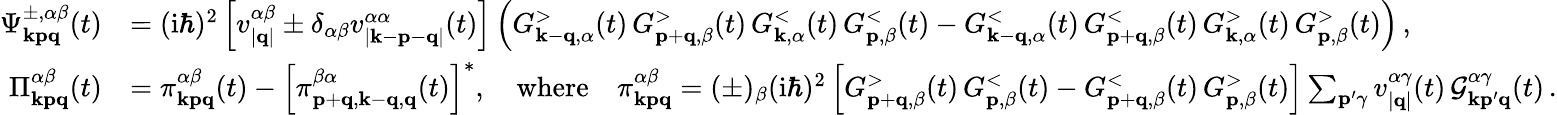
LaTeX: \begin{array}{rl}{\Psi_{\mathbf{kpq}}^{\pm,\alpha\beta}(t)}&{=(\mathrm{i}\hbar)^{2}\left[v_{|\mathbf{q}|}^{\alpha\beta}\pm\delta_{\alpha\beta}v_{|\mathbf{k}-\mathbf{p}-\mathbf{q}|}^{\alpha\alpha}(t)\right]\left(G_{\mathbf{k}-\mathbf{q},\alpha}^{>}(t)\, G_{\mathbf{p}+\mathbf{q},\beta}^{>}(t)\, G_{\mathbf{k},\alpha}^{<}(t)\, G_{\mathbf{p},\beta}^{<}(t)-G_{\mathbf{k}-\mathbf{q},\alpha}^{<}(t)\, G_{\mathbf{p}+\mathbf{q},\beta}^{<}(t)\, G_{\mathbf{k},\alpha}^{>}(t)\, G_{\mathbf{p},\beta}^{>}(t)\right)\, ,}\\ {\Pi_{\mathbf{kpq}}^{\alpha\beta}(t)}&{=\pi_{\mathbf{kpq}}^{\alpha\beta}(t)-\left[\pi_{\mathbf{p}+\mathbf{q},\mathbf{k}-\mathbf{q},\mathbf{q}}^{\beta\alpha}(t)\right]^{*},\quad\mathrm{where}\quad\pi_{\mathbf{kpq}}^{\alpha\beta}=(\pm)_{\beta}(\mathrm{i}\hbar)^{2}\left[G_{\mathbf{p}+\mathbf{q},\beta}^{>}(t)\, G_{\mathbf{p},\beta}^{<}(t)-G_{\mathbf{p}+\mathbf{q},\beta}^{<}(t)\, G_{\mathbf{p},\beta}^{>}(t)\right]\sum_{\mathbf{p}^{\prime}\gamma}v_{|\mathbf{q}|}^{\alpha\gamma}(t)\, \mathcal{G}_{\mathbf{k}\mathbf{p}^{\prime}\mathbf{q}}^{\alpha\gamma}(t)\, .}\end{array}